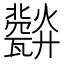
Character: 𤮪